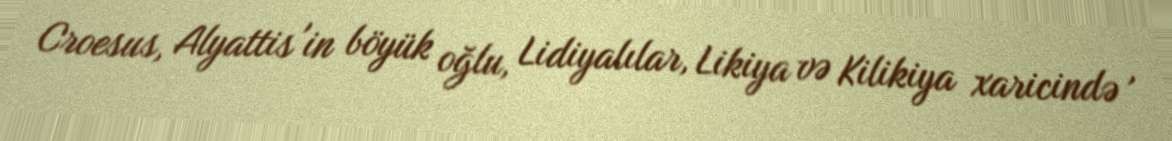
Croesus, Alyattis'in böyük oğlu, Lidiyalılar, Likiya və Kilikiya xaricində ,